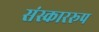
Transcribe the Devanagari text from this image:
संस्काररूप